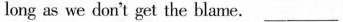
long as we don't get the blame. ___